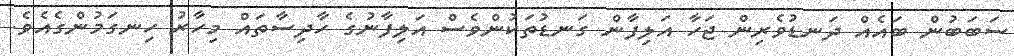
ސަބަބުން ބައެއް ދަނޑުވެރިން ޖަހާ އަލިފާން ގަނޑުތަކުންވެސް އަލިފާނުގެ ހާދިސާތައް މިހާރު ހިނގަމުންގެއެވެ.